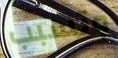
وتسبب